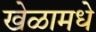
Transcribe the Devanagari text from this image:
खेळामधे